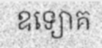
ឧទ្យោគ